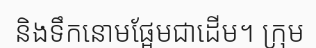
និងទឹកនោមផ្អែមជាដើម។ ក្រុម